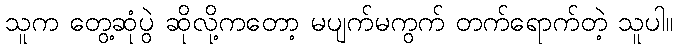
သူက တွေ့ဆုံပွဲ ဆိုလို့ကတော့ မပျက်မကွက် တက်ရောက်တဲ့ သူပါ။